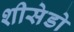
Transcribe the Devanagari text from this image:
शीसेडो